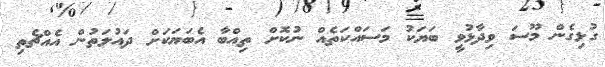
ގުޅިގެން މޫސަ ވިދާޅުވީ ބަޔަކު މަސައްކަތެއް ނުކޮށް ތިއްބާ އެބަޔަކަށް ދައުލަތުން އެއްޗެތި